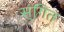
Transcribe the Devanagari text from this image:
स्ंगित